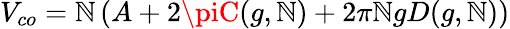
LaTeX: V_{co}=\mathbb{N}\left(A+2\piC(g,\mathbb{N})+2\pi\mathbb{N}gD(g,\mathbb{N})\right)